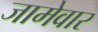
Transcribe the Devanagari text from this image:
जामेवार